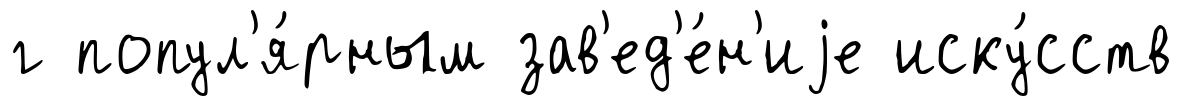
г попул'я́рным зав'ед'е́н'иjе иску́сств